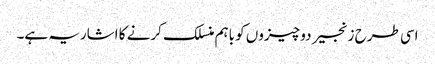
اسی طرح زنجیر دو چیزوں کو باہم منسلک کرنے کا اشاریہ ہے۔